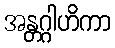
အန္တဂ္ဂါဟိကာ